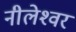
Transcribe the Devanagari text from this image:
नीलेश्‍वर